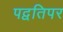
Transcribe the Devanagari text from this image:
पद्वतिपर